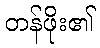
တန်ဖိုး၏